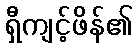
ရှီကျင့်ဖိန်၏